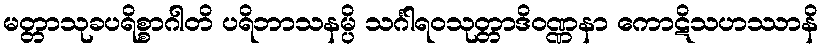
မတ္တာသုခပရိစ္စာဂါတိ ပရိဘာသနမ္ပိ သင်္ဂါရဝသုတ္တာဒိဝဏ္ဏနာ ကောဋိသဟဿာနိ